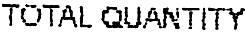
TOTAL QUANTITY